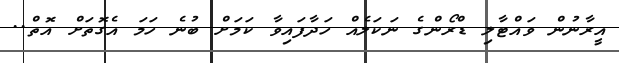
އީރާނުން ވައްޓާލި ޑްރޯންގެ ނަކަލެއް ހަދާފައިވާ ކަމަށް ބުނެ ހަމަ އެގޮތަށް އޮތް..